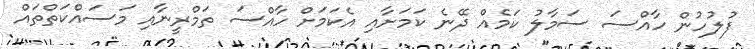
ފުލުހުން ހާއްސަ ސަމާލު ކަމެއް ދޭނެ ކަމަށާއި އެކަމަށް ހާއްސަ ތަމްރީނާއި މަސައްކަތްތައް